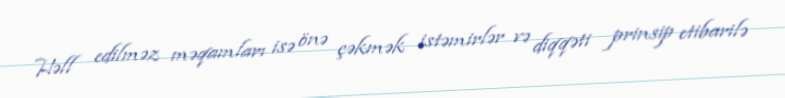
Həll edilməz məqamları isə önə çəkmək istəmirlər və diqqəti prinsip etibarilə